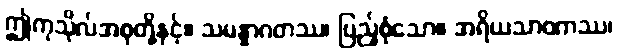
ဤကုသိုလ်အစုတို့နှင့်။ သမန္နာဂတဿ၊ ပြည့်စုံသော။ အရိယသာဝကဿ၊